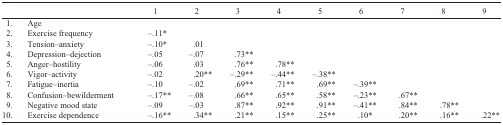
|  |  | 1 | 2 | 3 | 4 | 5 | 6 | 7 | 8 | 9 |
 | --- | --- | --- | --- | --- | --- | --- | --- | --- | --- | --- |
 | 1. | Age |  |  |  |  |  |  |  |  |  |
 | 2. | Exercise frequency | –.11* |  |  |  |  |  |  |  |  |
 | 3. | Tension–anxiety | –.10* | .01 |  |  |  |  |  |  |  |
 | 4. | Depression–dejection | –.05 | –.07 | .73** |  |  |  |  |  |  |
 | 5. | Anger–hostility | –.06 | .03 | .76** | .78** |  |  |  |  |  |
 | 6. | Vigor–activity | –.02 | .20** | –.29** | –.44** | –.38** |  |  |  |  |
 | 7. | Fatigue–inertia | –.10 | –.02 | .69** | .71** | .69** | –.39** |  |  |  |
 | 8. | Confusion–bewilderment | –.17** | –.08 | .66** | .65** | .58** | –.23** | .67** |  |  |
 | 9. | Negative mood state | –.09 | –.03 | .87** | .92** | .91** | –.41** | .84** | .78** |  |
 | 10. | Exercise dependence | –.16** | .34** | .21** | .15** | .25** | .10* | .20** | .16** | .22** |